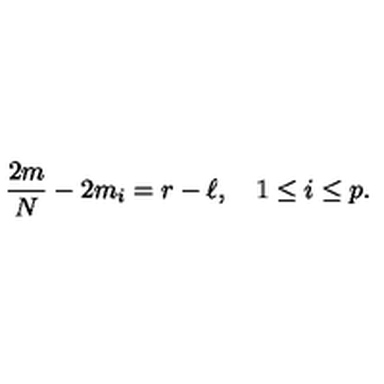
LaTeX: { \frac { 2 m } { N } } - 2 m _ { i } = r - \ell , \quad 1 \leq i \leq p .